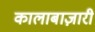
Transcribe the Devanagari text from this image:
कालाबाज़ारी